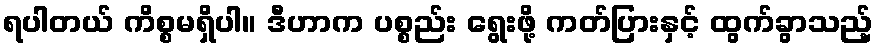
ရပါတယ် ကိစ္စမရှိပါ။ ဒီဟာက ပစ္စည်း ရွေးဖို့ ကတ်ပြားနှင့် ထွက်ခွာသည့်